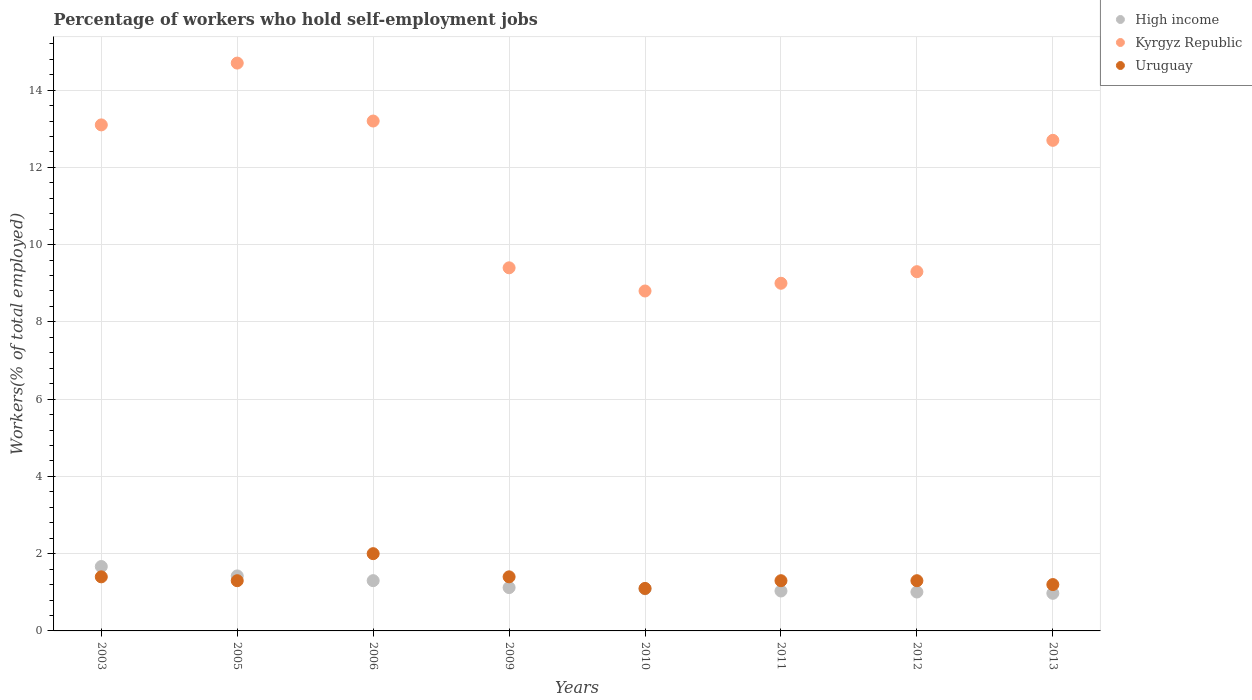
| Years | High income | Kyrgyz Republic | Uruguay |
 | --- | --- | --- | --- |
 | 2003 | 1.67 | 13.1 | 1.4 |
 | 2005 | 1.42 | 14.7 | 1.3 |
 | 2006 | 1.3 | 13.2 | 2 |
 | 2009 | 1.12 | 9.4 | 1.4 |
 | 2010 | 1.09 | 8.8 | 1.1 |
 | 2011 | 1.03 | 9 | 1.3 |
 | 2012 | 1.01 | 9.3 | 1.3 |
 | 2013 | 0.973 | 12.7 | 1.2 |